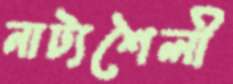
নাট্যশৈলী